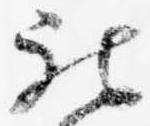
被